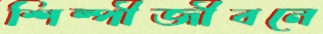
শিল্পীজীবনে